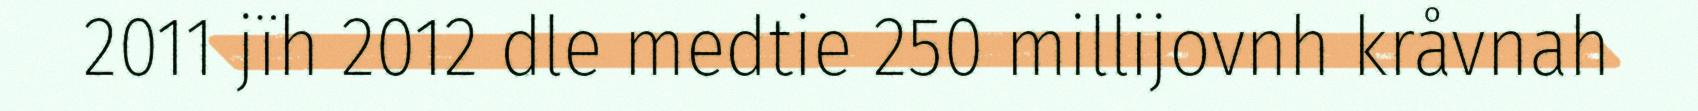
2011 jïh 2012 dle medtie 250 millijovnh kråvnah